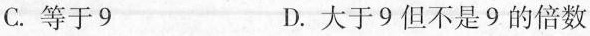
C. 等于9 D. 大于9但不是9的倍数